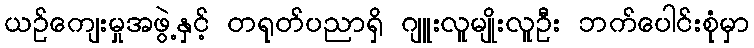
ယဉ်ကျေးမှုအဖွဲ့နှင့် တရုတ်ပညာရှိ ဂျူးလူမျိုးလူဦး ဘက်ပေါင်းစုံမှာ